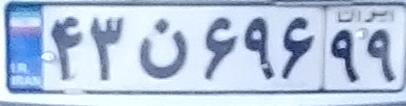
۴۳ن۶۹۶۹۹